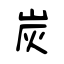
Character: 炭